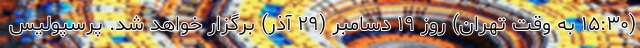
(۱۵:۳۰ به وقت تهران) روز ۱۹ دسامبر (۲۹ آذر) برگزار خواهد شد. پرسپولیس